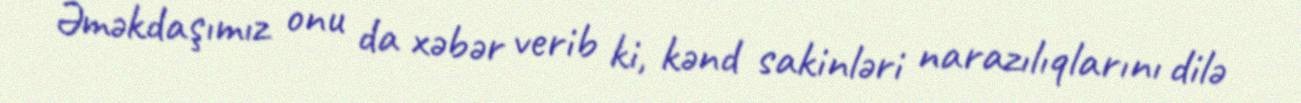
Əməkdaşımız onu da xəbər verib ki, kənd sakinləri narazılıqlarını dilə